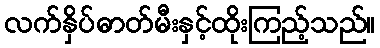
လက်နှိပ်ဓာတ်မီးနှင့်ထိုးကြည့်သည်။